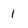
Character: 1